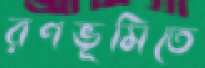
রণভূমিতে